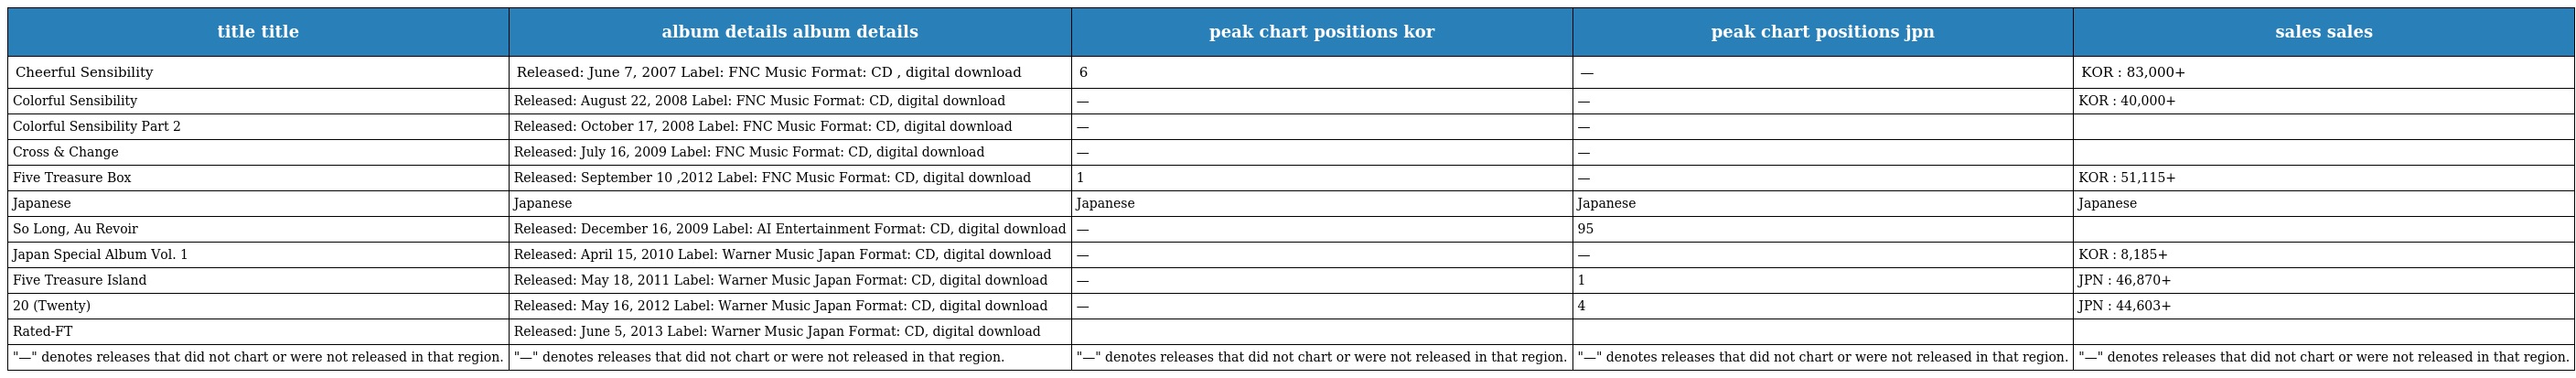
| title title | album details album details | peak chart positions kor | peak chart positions jpn | sales sales |
 | --- | --- | --- | --- | --- |
 | Cheerful Sensibility | Released: June 7, 2007 Label: FNC Music Format: CD , digital download | 6 | — | KOR : 83,000+ |
 | Colorful Sensibility | Released: August 22, 2008 Label: FNC Music Format: CD, digital download | — | — | KOR : 40,000+ |
 | Colorful Sensibility Part 2 | Released: October 17, 2008 Label: FNC Music Format: CD, digital download | — | — |  |
 | Cross & Change | Released: July 16, 2009 Label: FNC Music Format: CD, digital download | — | — |  |
 | Five Treasure Box | Released: September 10 ,2012 Label: FNC Music Format: CD, digital download | 1 | — | KOR : 51,115+ |
 | Japanese | Japanese | Japanese | Japanese | Japanese |
 | So Long, Au Revoir | Released: December 16, 2009 Label: AI Entertainment Format: CD, digital download | — | 95 |  |
 | Japan Special Album Vol. 1 | Released: April 15, 2010 Label: Warner Music Japan Format: CD, digital download | — | — | KOR : 8,185+ |
 | Five Treasure Island | Released: May 18, 2011 Label: Warner Music Japan Format: CD, digital download | — | 1 | JPN : 46,870+ |
 | 20 (Twenty) | Released: May 16, 2012 Label: Warner Music Japan Format: CD, digital download | — | 4 | JPN : 44,603+ |
 | Rated-FT | Released: June 5, 2013 Label: Warner Music Japan Format: CD, digital download |  |  |  |
 | "—" denotes releases that did not chart or were not released in that region. | "—" denotes releases that did not chart or were not released in that region. | "—" denotes releases that did not chart or were not released in that region. | "—" denotes releases that did not chart or were not released in that region. | "—" denotes releases that did not chart or were not released in that region. |